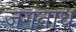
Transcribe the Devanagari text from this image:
जगंनाध